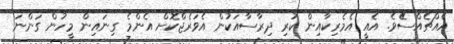
އެއްޗެއްސެެވެ. އެއީ އެމެރިކާއިން ކުރި ދިރާސާއަކުން އެވަރެޖްކޮށް އެންމެ ގިނައިން މީހުން ގަންނަ